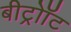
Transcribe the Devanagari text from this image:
बीट्रोॉट